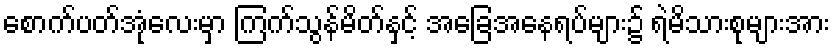
စောက်ပတ်အုံလေးမှာ ကြက်သွန်မိတ်နှင့် အခြေအနေရပ်များ၌ ရဲမိသားစုများအား